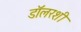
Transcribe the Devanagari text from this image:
डॉलरशी